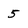
Character: 5